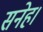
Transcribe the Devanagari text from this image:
सनेह।